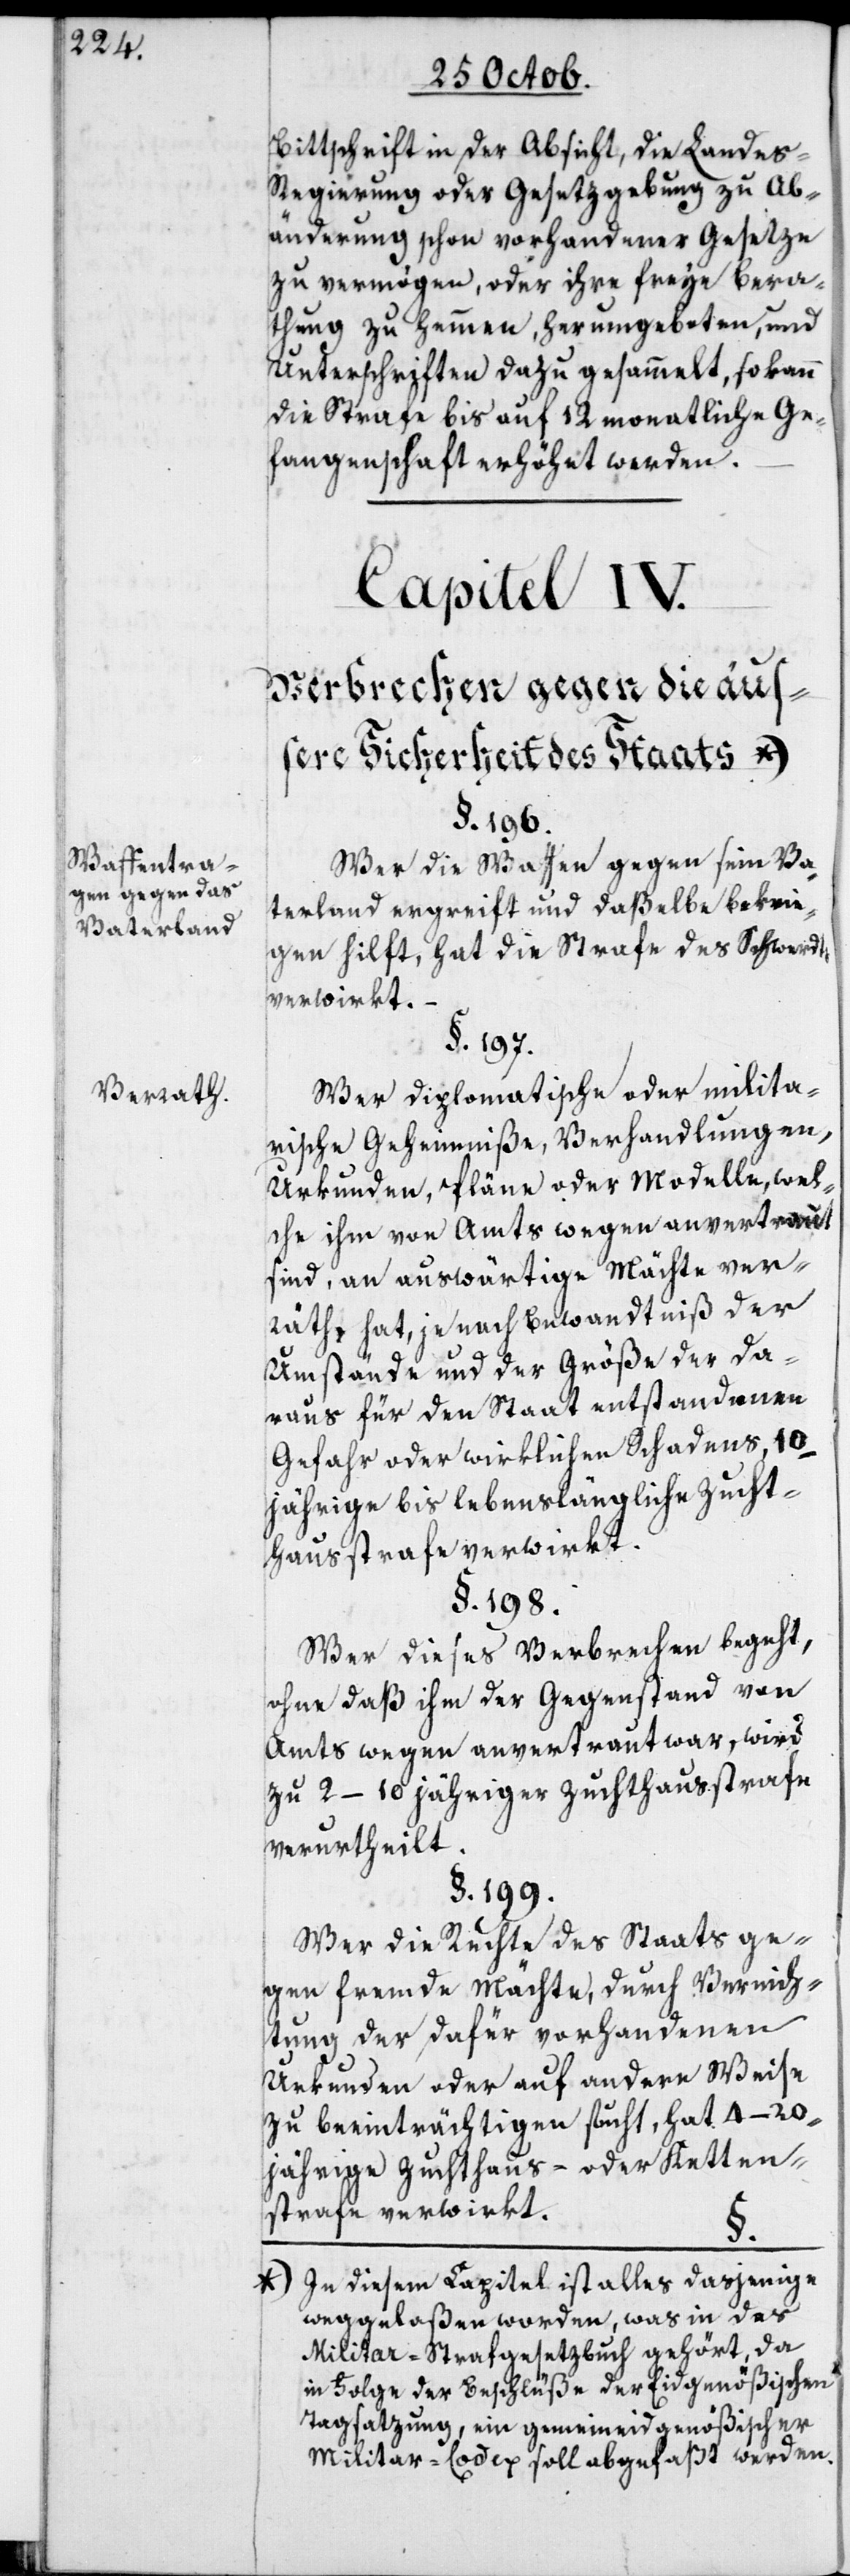
Waffentra¬
gen gegen das
Vaterland.
Verrath.

Bittschrift in der Absicht, die Landes-R¬
egierung oder Gesetzgebung zu Ab¬
änderung schon vorhandener Gesetze
zu vermögen, oder ihre freye Bera¬
thung zu hemmen, herumgeboten, und
Unterschriften dazu gesammelt, so kann
die Strafe bis auf 12 monatliche Ge¬
fangenschaft erhöhet werden.
Capitel IV.
Verbrechen gegen die äus¬
sere Sicherheit des Staats
§. 196.
Wer die Waffen gegen sein Va¬
terland ergreift und daßelbe bekrie¬
gen hilft, hat die Strafe des Schwerdt¬
s
verwirkt.
§. 197.
Wer diplomatische oder milita¬
rische Geheimniße, Verhandlungen,
Urkunden, Pläne oder Modelle, wel¬
che ihm von Amts wegen anvertraut
sind, an auswärtige Mächte ver¬
räth, hat je nach Bewandtniß der
Umstände und der Größe der da¬
raus für den Staat entstandenen
Gefahr oder wirklichen Schadens, 10-j¬
ährige bis lebenslängliche Zucht¬
hausstrafe verwirkt.
§. 198.
Wer dieses Verbrechen begeht,
ohne daß ihm der Gegenstand von
Amts wegen anvertraut war, wird
zu 2–10 jähriger Zuchthaußtrafe
verurtheilt.
§. 199.
Wer die Rechte des Staats ge¬
gen fremde Mächte, durch Vernich¬
tung der dafür vorhandenen
Urkunden oder auf andere Weise
zu beeinträchtigen sucht, hat 4–20j¬
ährige Zuchthaus- oder Ketten¬
strafe verwirkt.
In diesem Capitel ist alles dasjenige
weggelaßen worden, was in das
Militar-Strafgesetzbuch gehört, da
in Folge der Beschlüße der Eidgenößischen
Tagsatzung, ein gemeineidgenößischer
Militar-Codex soll abgefaßt werden.